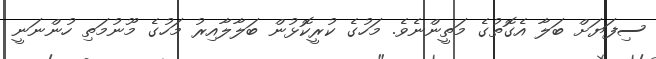
ސިފަޔަށް ބަލާ އެގޮތުގެ މަތީންނެވެ. މަހުގެ ކުރީކޮޅުން ބަލާލާއިރު މަހުގެ މޫނުމަތި ހުންނަނީ